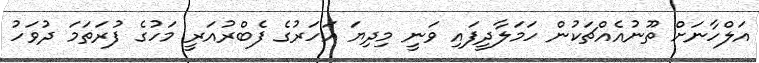
އަލްހާނަށް ތޫނުއެއްޗަކުން ހަމަލާދީފައި ވަނީ މިދިޔަ އަހަރުގެ ފެބްރުއަރީ މަހުގެ ފުރަތަމަ ދުވަހު